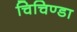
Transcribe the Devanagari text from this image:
चिचिण्डा